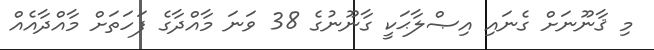
މި ޤާނޫނަށް ގެނައި އިޞްލާޙަކީ ގާނޫނުގެ 38 ވަނަ މާއްދާގެ ފަހަތަށް މާއްދާއެއް